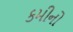
કમીનો